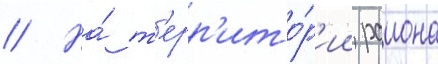
// На́ т'ерр'ито́р'ии раиона